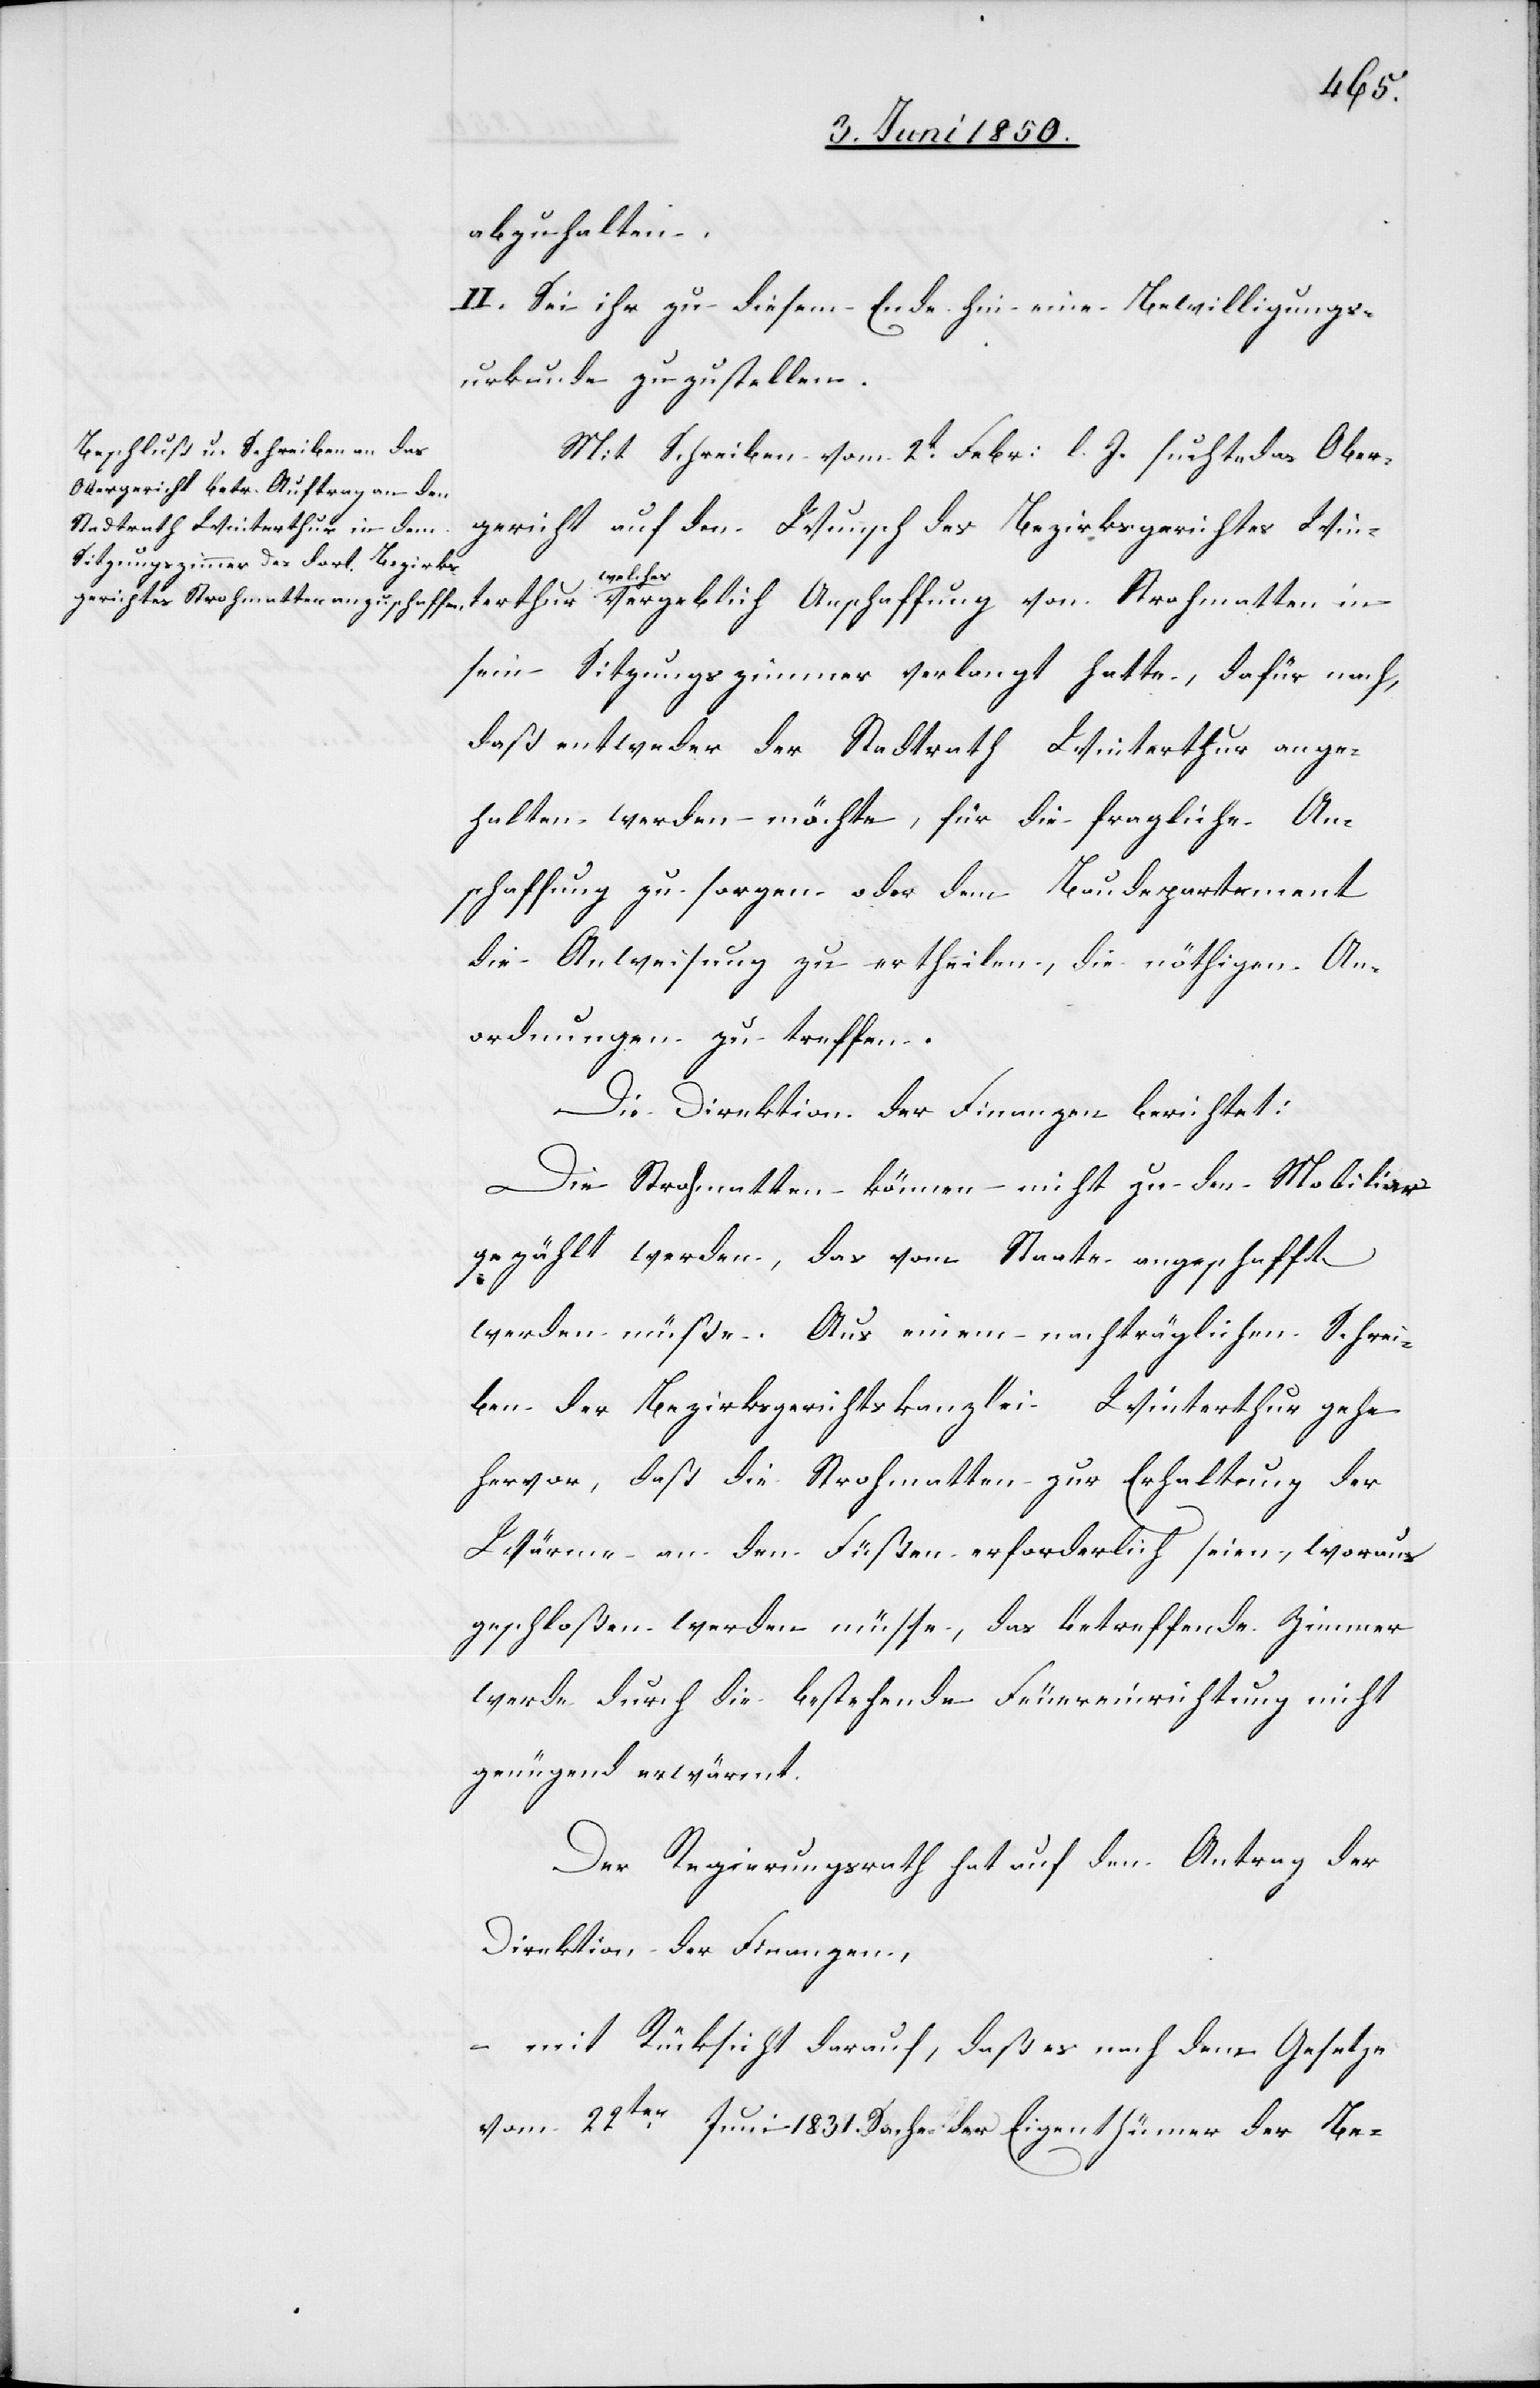
terthur
abzuhalten.
II. Sei ihr zu diesem Ende hin eine Bewilligungs¬
urkunde zuzustellen.
Mit Schreiben vom 2t Febr: l. J. suchte das Ober¬
gericht auf den Wunsch des Bezirksgerichtes Win¬
welches
sein Sitzungszimmer verlangt hatte, dafür nach,
daß entweder der Stadtrath Winterthur ange¬
halten werden möchte, für die fragliche An¬
schaffung zu sorgen oder dem Baudepartement
die Anweisung zu ertheilen, die nöthigen An¬
ordnungen zu treffen.
Die Direktion der Finanzen berichtet:
Die Strohmatten können nicht zu den Mobiliar
gezählt werden, das vom Staate angeschafft
werden müße. Aus einem nachträglichen Schrei¬
ben der Bezirksgerichtskanzlei Winterthur gehe
hervor, daß die Strohmatten zur Erhaltung der
Wärme an den Füßen erforderlich seien, woraus
geschloßen werden müsse, das betreffende Zimmer
werde durch die bestehende Feuereinrichtung nicht
genügend erwärmt.
Der Regierungsrath hat auf den Antrag der
Direktion der Finanzen,
– mit Rücksicht darauf, daß es nach dem Gesetze
vom 22ten Juni 1831. Sache der Eigenthümer der Be-